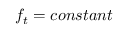
f _ { t } = c o n s t a n t